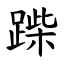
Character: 䠕